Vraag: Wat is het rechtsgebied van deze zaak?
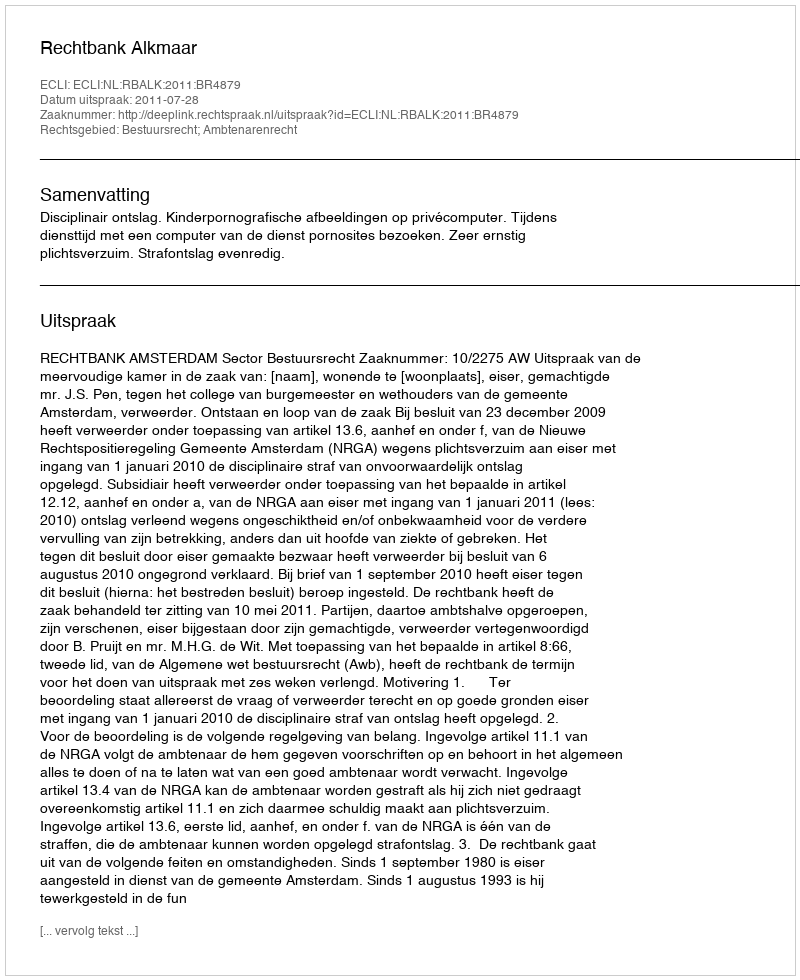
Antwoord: Bestuursrecht; Ambtenarenrecht